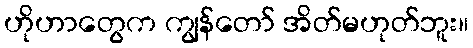
ဟိုဟာတွေက ကျွန်တော် အိတ်မဟုတ်ဘူး။